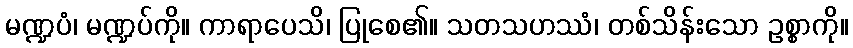
မဏ္ဍပံ၊ မဏ္ဍပ်ကို။ ကာရာပေသိ၊ ပြုစေ၏။ သတသဟဿံ၊ တစ်သိန်းသော ဥစ္စာကို။